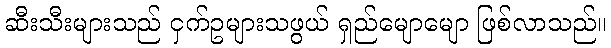
ဆီးသီးများသည် ငှက်ဥများသဖွယ် ရှည်မျောမျော ဖြစ်လာသည်။